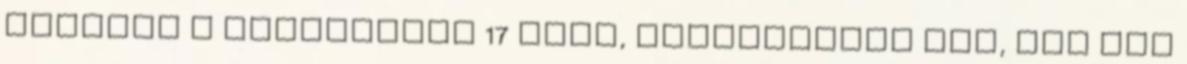
átadtam a segédemnek 17 éves, talpraesett fiú, jól fog